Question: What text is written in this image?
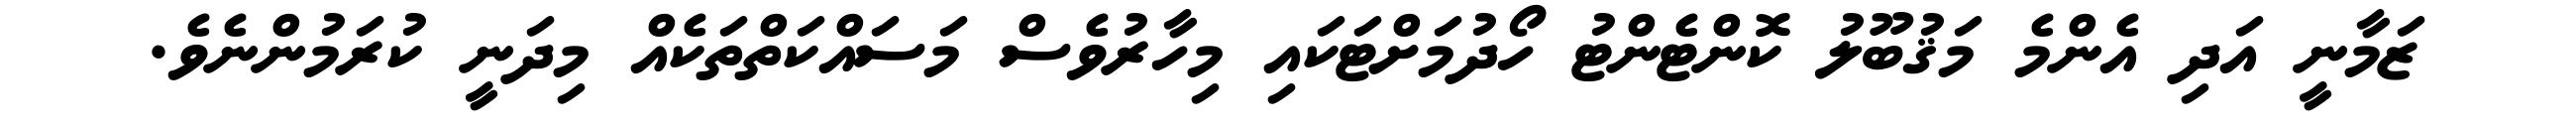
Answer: ޒަމާނީ އަދި އެންމެ މަޤުބޫލު ކޮންޓެންޓު ހޯދުމަށްޓަކައި މިހާރުވެސް މަސައްކަތްތަކެއް މިދަނީ ކުރަމުންނެވެ.